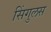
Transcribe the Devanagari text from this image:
सिंगुलस